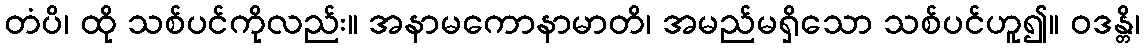
တံပိ၊ ထို သစ်ပင်ကိုလည်း။ အနာမကောနာမာတိ၊ အမည်မရှိသော သစ်ပင်ဟူ၍။ ဝဒန္တိ၊